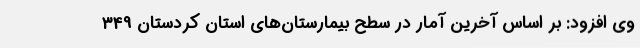
وی افزود: بر اساس آخرین آمار در سطح بیمارستان‌های استان کردستان 349